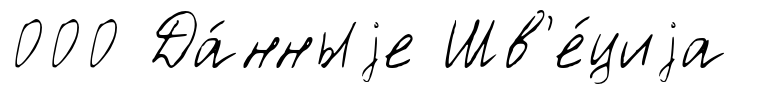
000 Да́нныjе Шв'е́циjа